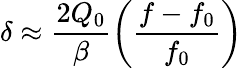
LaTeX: \delta\approx\frac{2Q_{0}}{\beta}\left(\frac{f-f_{0}}{f_{0}}\right)